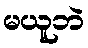
မယူဘဲ